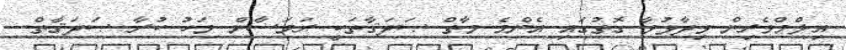
އިލްމްވެރިން ވިދާޅުވާ ގޮތުގައި އެންމެ މާތް ޞަދަޤާތަކީ ރަމަޟާން މަހު ކުރާ ޞަދަޤާތް.